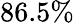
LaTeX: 86.5\%